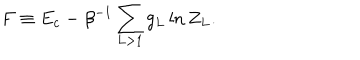
F \equiv E _ { c } - \beta ^ { - 1 } \sum _ { L > 1 } g _ { L } \ln Z _ { L } .